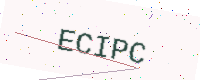
Text: ECIPC